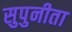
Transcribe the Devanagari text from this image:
सुपुनीता